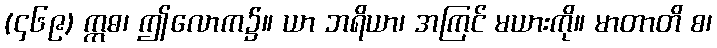
(၄၆၉) ဣဓ၊ ဤလောက၌။ ယာ ဘရိယာ၊ အကြင် မယားကို။ မာတာတိ စ၊